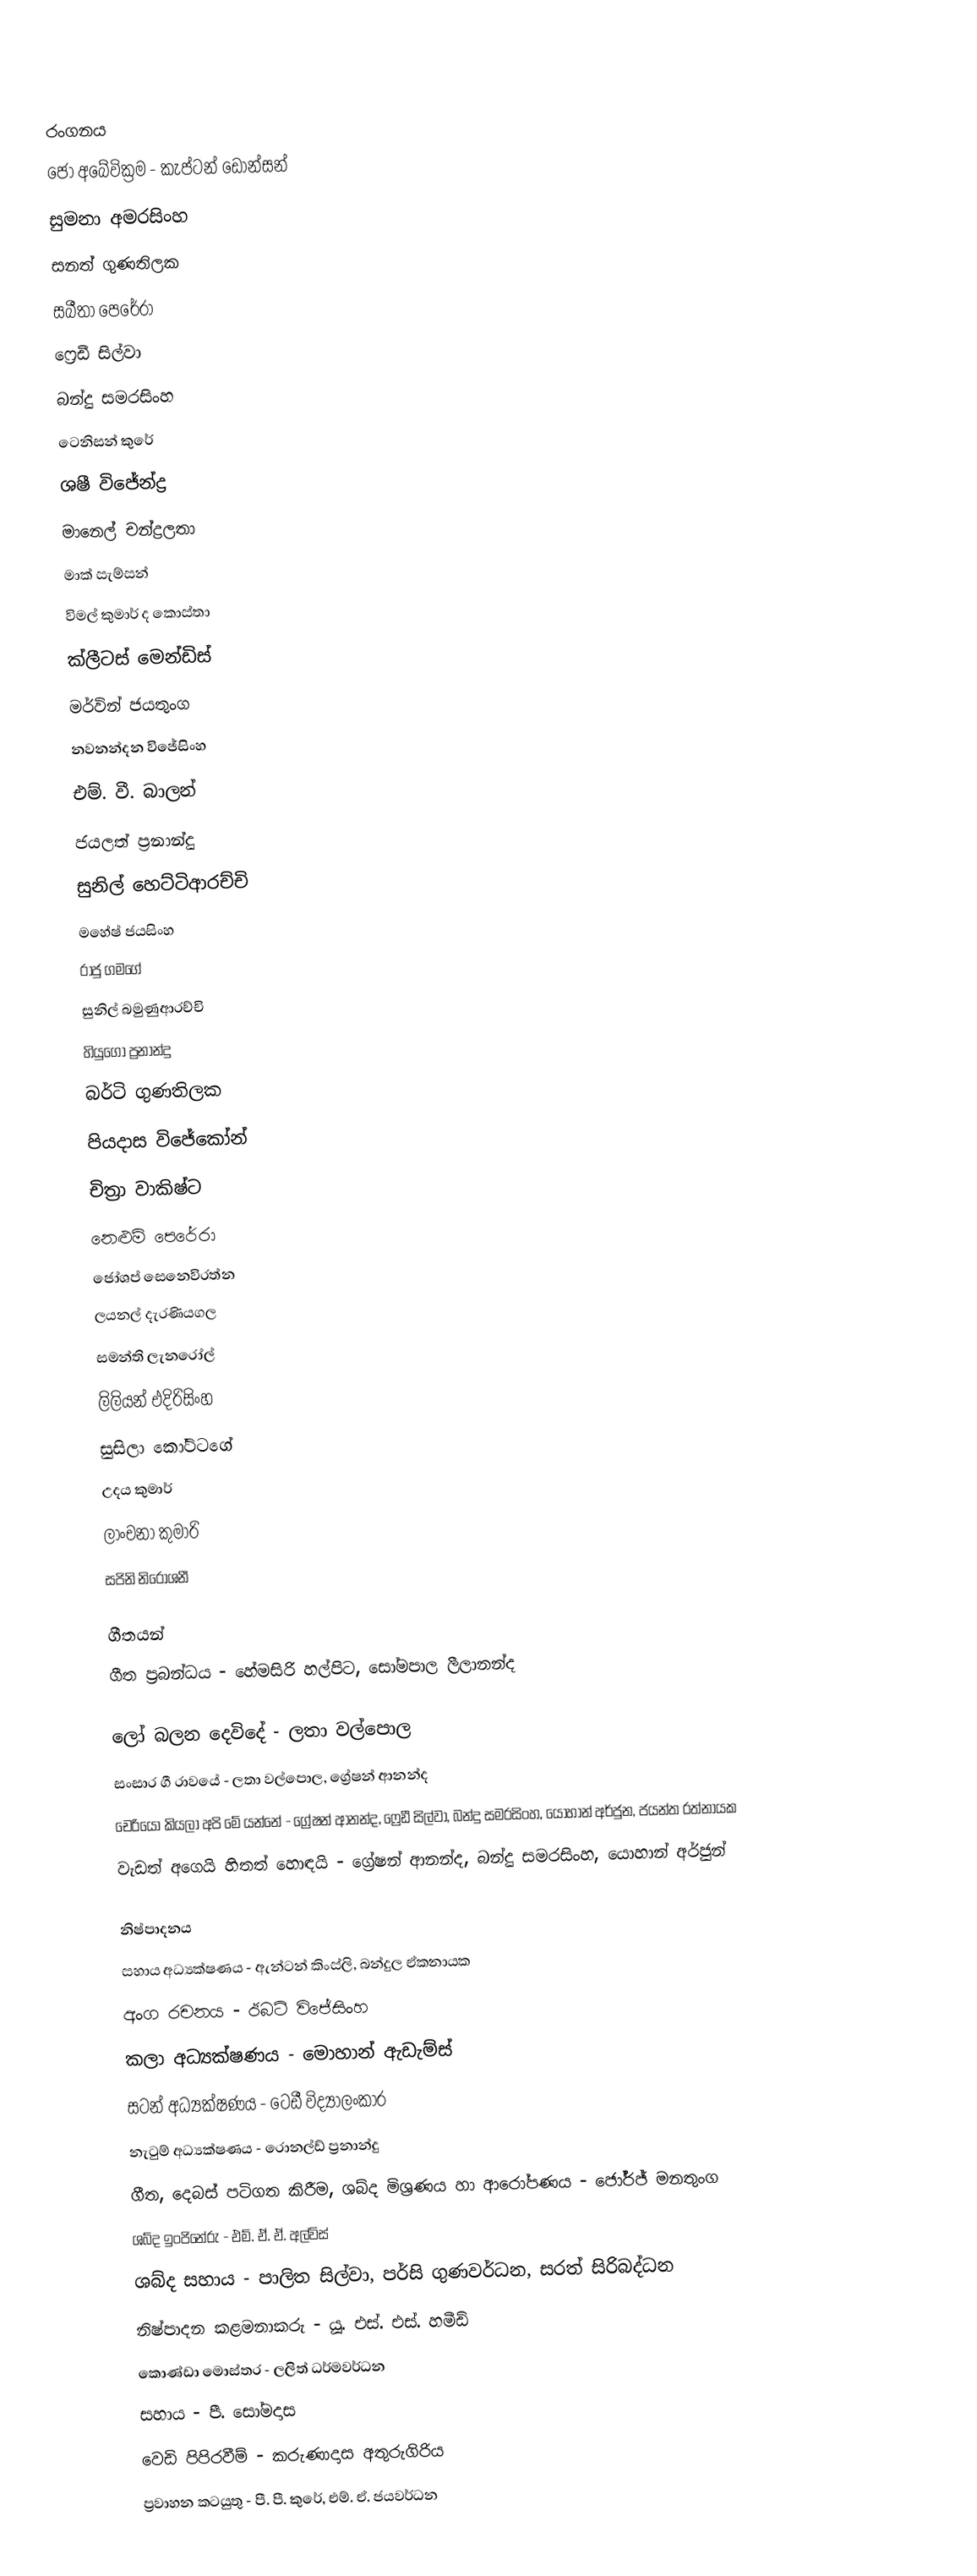

රංගනය
ජෝ අබේවික්‍රම - කැප්ටන් ඩොන්සන්
සුමනා අමරසිංහ
සනත් ගුණතිලක
සබීතා පෙරේරා
ෆ්‍රෙඩී සිල්වා
බන්දු සමරසිංහ
ටෙනිසන් කුරේ
ශෂී විජේන්ද්‍ර
මානෙල් චන්ද්‍රලතා
මාක් සැම්සන්
විමල් කුමාර් ද කොස්තා
ක්ලීටස් මෙන්ඩිස්
මර්වින් ජයතුංග
නවනන්දන විජේසිංහ
එම්. වී. බාලන්
ජයලත් ප්‍රනාන්දු
සුනිල් හෙට්ටිආරච්චි
මහේෂ් ජයසිංහ
රාජු ගමගේ
සුනිල් බමුණුආරච්චි
හියුගෝ ප්‍රනාන්දු
බර්ටි ගුණතිලක
පියදාස විජේකෝන්
චිත්‍රා වාකිෂ්ට
නෙළුම් පෙරේරා
ජෝශප් සෙනෙවිරත්න
ලයනල් දැරණියගල
සමන්ති ලැනරෝල්
ලිලියන් එදිරිසිංහ
සුසිලා කෝට්ටගේ
උදය කුමාර්
ලාංචනා කුමාරි
සජිනි නිරෝශනී

ගීතයන්
ගීත ප්‍රබන්ධය - හේමසිරි හල්පිට, සෝමපාල ලීලානන්ද

ලෝ බලන දෙවිදේ - ලතා වල්පොල
සංසාර ගී රාවයේ - ලතා වල්පොල, ග්‍රේෂන් ආනන්ද
චෙරියෝ කියලා අපි මේ යන්නේ - ග්‍රේෂන් ආනන්ද, ෆ්‍රෙඩී සිල්වා, බන්දු සමරසිංහ, යොහාන් අර්ජුන, ජයන්ත රත්නායක
වැඩත් අගෙයි හිතත් හොඳයි - ග්‍රේෂන් ආනන්ද, බන්දු සමරසිංහ, යොහාන් අර්ජුන්

නිෂ්පාදනය
සහාය අධ්‍යක්ෂණය - ඇන්ටන් කිංස්ලි, බන්දුල ඒකනායක
අංග රචනය - ඊබට් විජේසිංහ
කලා අධ්‍යක්ෂණය - මොහාන් ඇඩැම්ස්
සටන් අධ්‍යක්ෂණය - ටෙඩී විද්‍යාලංකාර
නැටුම් අධ්‍යක්ෂණය - රොනල්ඩ් ප්‍රනාන්දු
ගීත, දෙබස් පටිගත කිරීම, ශබ්ද මිශ්‍රණය හා ආරෝපණය - ජෝර්ජ් මනතුංග
ශබ්ද ඉංජිනේරු - එම්. ඒ. ඒ. අල්විස්
ශබ්ද සහාය - පාලිත සිල්වා, පර්සි ගුණවර්ධන, සරත් සිරිබද්ධන
නිෂ්පාදන කළමනාකරු - යූ. එස්. එස්. හමීඩ්
කොණ්ඩා මොස්තර - ලලිත් ධර්මවර්ධන
සහාය - පී. සෝමදාස
වෙඩි පිපිරවීම් - කරුණාදාස අතුරුගිරිය
ප්‍රවාහන කටයුතු - පී. පී. කුරේ, එම්. ඒ. ජයවර්ධන